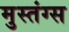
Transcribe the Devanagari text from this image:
मुस्तंग्स